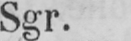
Sgr.